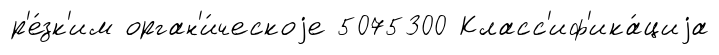
р'е́зк'им орган'и́ческоjе 5075300 Класс'иф'ика́циjа